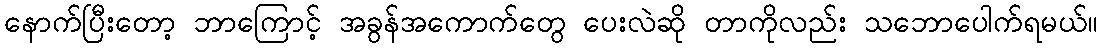
နောက်ပြီးတော့ ဘာကြောင့် အခွန်အကောက်တွေ ပေးလဲဆို တာကိုလည်း သဘောပေါက်ရမယ်။